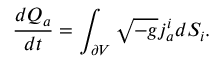
{ \frac { d Q _ { a } } { d t } } = \int _ { \partial V } \sqrt { - g } j _ { a } ^ { i } d S _ { i } .